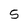
Character: 5